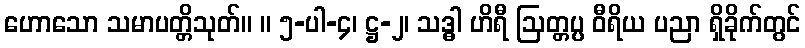
ဟောသော သမာပတ္တိသုတ်။ ။ ၅-ပါ-၄၊ ဋ္ဌ-၂၊ သဒ္ဓါ ဟိရီ ဩတ္တပ္ပ ဝီရိယ ပညာ ရှိခိုက်တွင်